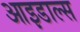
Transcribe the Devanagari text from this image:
आइडाल्स